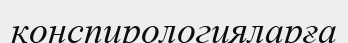
конспирологияларға